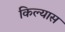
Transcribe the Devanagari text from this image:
किल्यास